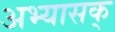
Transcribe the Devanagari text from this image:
अभ्यासक्